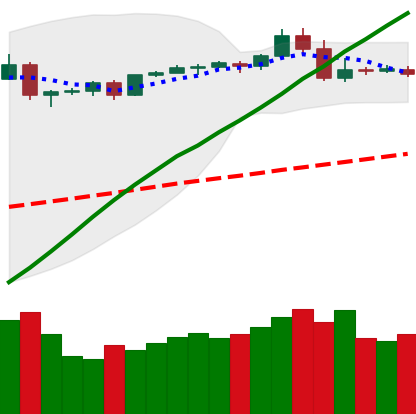
Ticker: BTC-USD
Chart end date: 2019-04-29
Forward return: 11.126%
Label: up_7plus